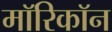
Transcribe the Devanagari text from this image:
माॅरिकाॅन